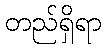
တည်ရှိရာ